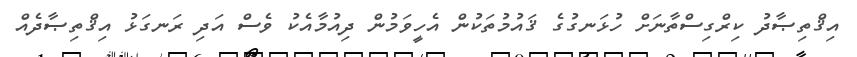
އިޤްތިޞާދު ކިރްގިސްތާނަށް ހުޅަނގުގެ ޤައުމުތަކުން އެހީވަމުން ދިއުމާއެކު ވެސް އަދި ރަނގަޅު އިޤްތިޞާދެއް